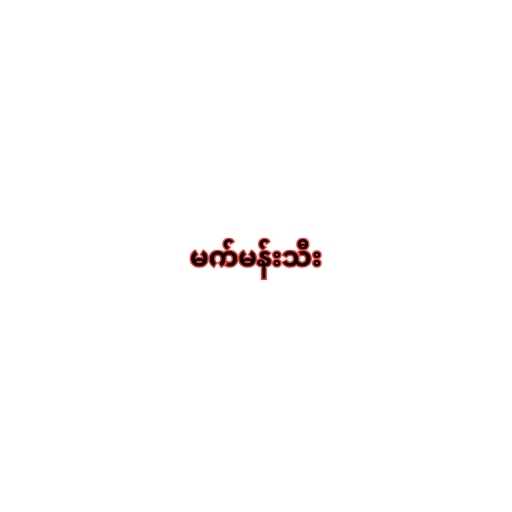
မက်မန်းသီး